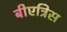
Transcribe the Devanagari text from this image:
बीएत्रिस